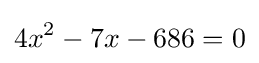
4x^{2}-7x-686=0